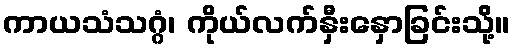
ကာယသံသဂ္ဂံ၊ ကိုယ်လက်နှီးနှောခြင်းသို့်။